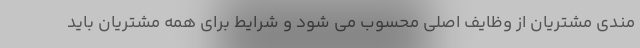
مندی مشتریان از وظایف اصلی محسوب می شود و شرایط برای همه مشتریان باید